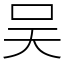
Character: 吴